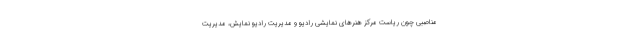
مناصبی چون ریاست مرکز هنرهای نمایشی رادیو و مدیریت رادیو نمایش، مدیریت